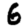
Digit: 6